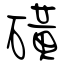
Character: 磺